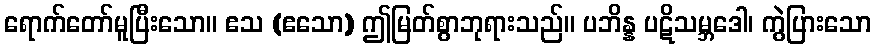
ရောက်တော်မူပြီးသော။ ဧသ (ဧသော) ဤမြတ်စွာဘုရားသည်။ ပဘိန္န ပဋိသမ္ဘဒေါ၊ ကွဲပြားသော